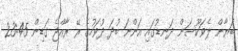
ބަޔާން ލެވަކޫސަން ދަނޑުގައި އަންނަ ބުދަ ދުވަހުގެ ރޭ ރާއްޖެ ގަޑިން 23:45